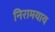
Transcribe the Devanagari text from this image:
निरामयाय